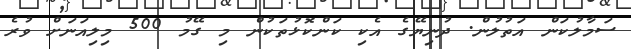
ސަމާލުކަން އަތުލުން. ދުނިޔޭގެ އެކި ކަންކޮޅުތަކުން މި ގޭމު 500 މިލިއަނަށް ވުރެ